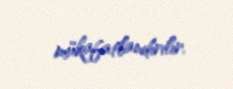
mükafatlandırılır.